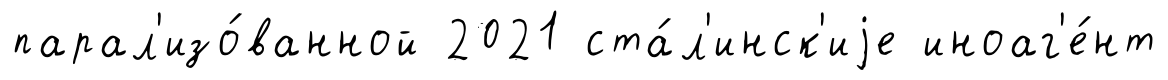
парал'изо́ванной 2021 ста́л'инск'иjе иноаг'е́нт